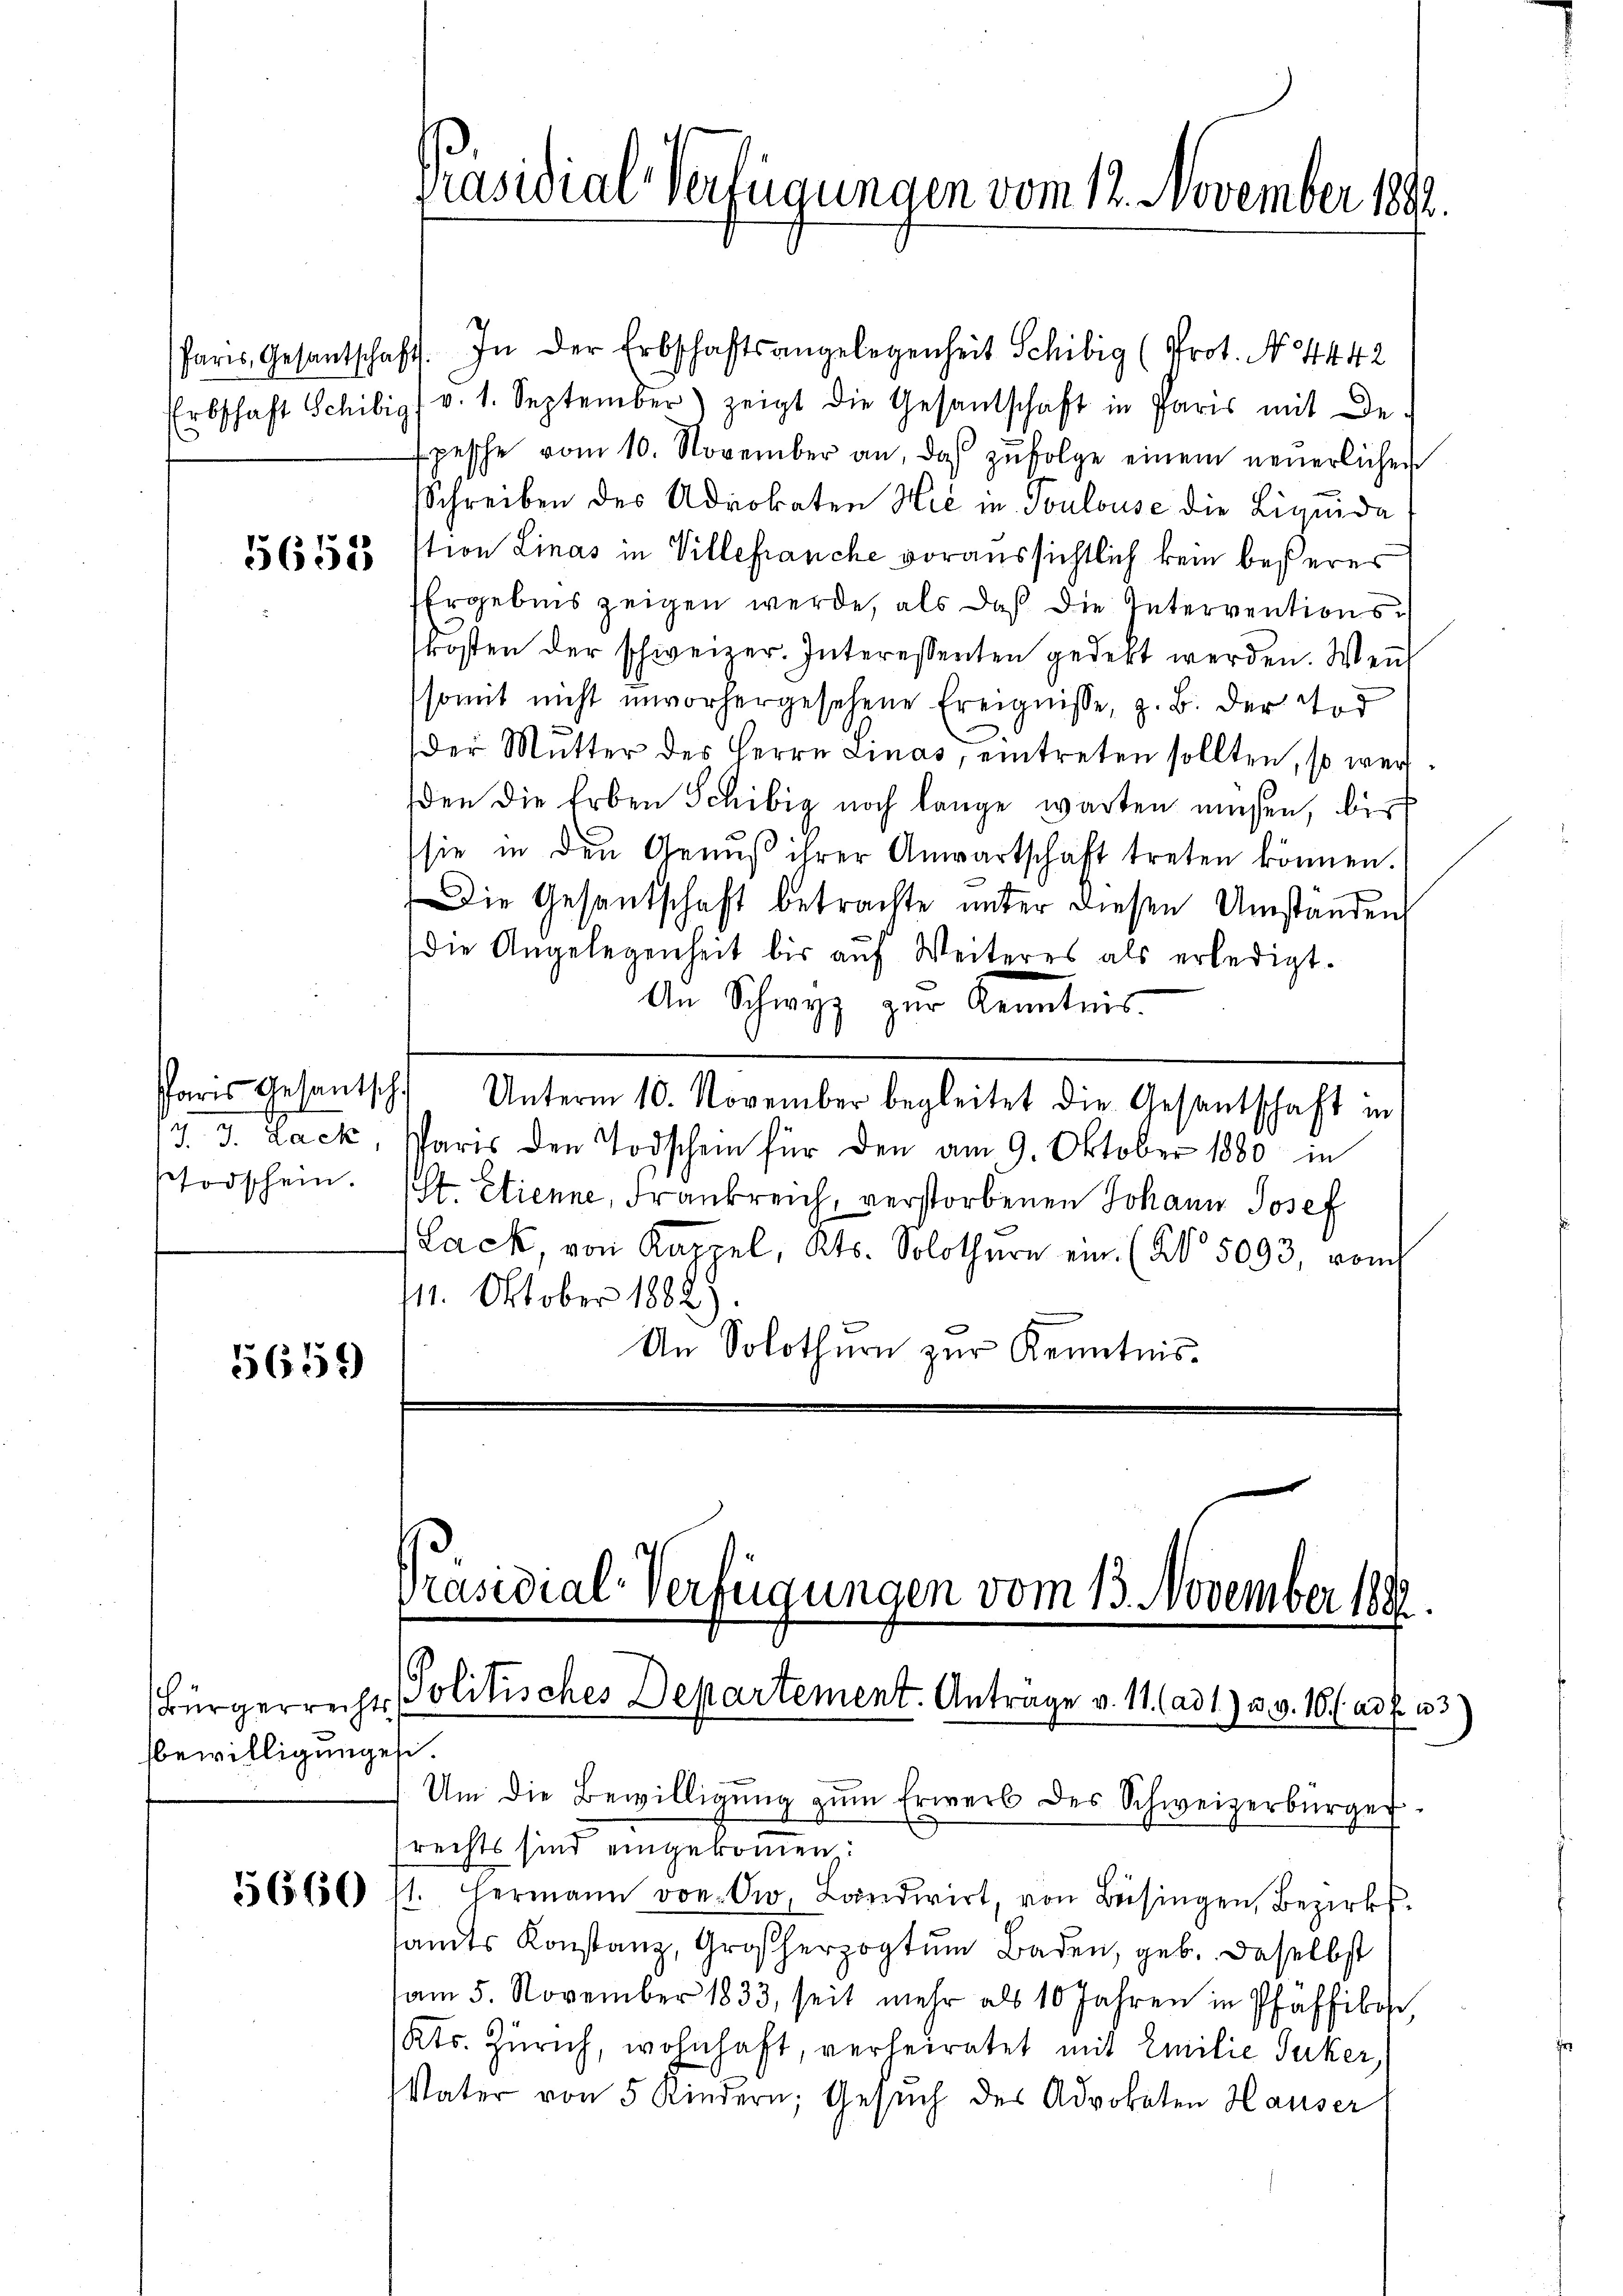
Erbschaft Schibig

5658

/3. d. Back
Todschein.

5659)

sbewilligunges.

5660

Pares Gesantschaft. In der Erbschaftsangelegenheit Schibig (Prot. N. 4442
v. 1. September) zeigt die Gesantschaft in Paris mit De-
Epesche vom 10. November an, daβ zŭfolge einem neuerlichen
Schreiben des Advokaten Hić in Toulouse die Liquida
stion Linas in Villehranche voraussichtlich kein besseres
Ergebnis zeigen werde, als daß die Interventionskosten der schweizer. Interessenten gedekt werden. Wen
somit nicht unvorhergesehene Ereignisse, z. B. der und
der Mŭtter des Herrn Linas, eintreten sollten, so werden die Erben Schibig noch lange warten müssen, bis
sie in den Genuß ihrer Anwartschaft treten können.
Die Gesandschaft betrachte unter diesen Umständen
die Angelegenheit bis auf Weiteres als erledigt.
An Schwyz zur Kenntnis
Paris Gesantsch. Unterm 10. November begleitet die Gesantschaft in
Paris den Todschein für den am 9. Oktober 1880 in
(St. Etienne, Frankreich, verstorbenen Johann Josef
Lack von Kappel, Kts. Solothurn ein (§ 5093, vom
111. Oktober 1882).
An Solothurn zur Kenntnis.

Präsidial-Verfügungen vom 12. November 1882.

Bürgerrechts Politisches Departement. Anträge v. 11. (ad 1) u. v. 16. (ad f. 33)

Präsidial-Verfügungen vom 13. November 1888.

Um die Bewilligŭng zŭm Erwerb des Schweizerbürger.
rechts sind eingekommen
st. Hermann von Ow. Landwirt, von Beisingen, Bezirkssamts Konstanz, Großherzogtum Baden, geb. Dasselbst
am 5. November 1833, seit mehr als 10 Jahren in Pfäffikon,
Kts. Zürich, wohnhaft, verheiratet mit Emilie Jucker,
Vater von 5 Kindern, Gesŭch des Advokaten Hauser